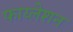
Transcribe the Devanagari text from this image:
फाय्लेशन